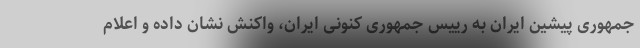
جمهوری پیشین ایران به رییس جمهوری کنونی ایران، واکنش نشان داده و اعلام